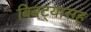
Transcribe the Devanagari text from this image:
बिबट्यासह